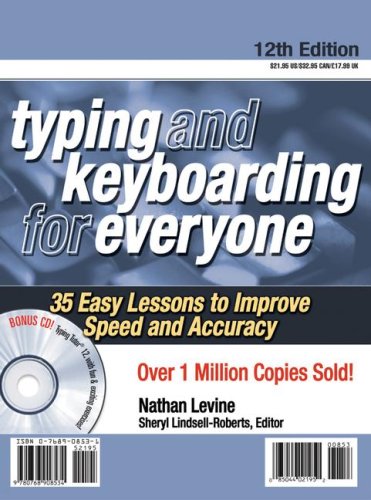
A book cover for Typing and Keyboarding for Everyone w/CD (Arco Typing & Keyboarding for Everyone (W/CD)); Arco; Business & Money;